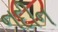
નદીન